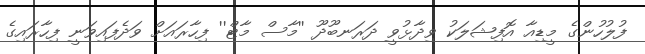
ފުލުހުންގެ މީޑިއާ އޮފިޝަލަކު ވިދާޅުވީ ދަރަނބޫދޫ ''މާސް މާޓް'' ފިހާރައަށް ވަދެފައިވަނީ ފިހާރައިގެ